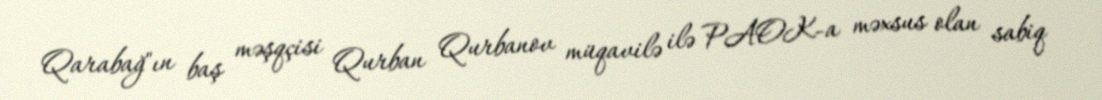
Qarabağ"ın baş məşqçisi Qurban Qurbanov müqavilə ilə PAOK-a məxsus olan sabiq